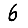
Digit: 6